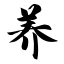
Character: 养